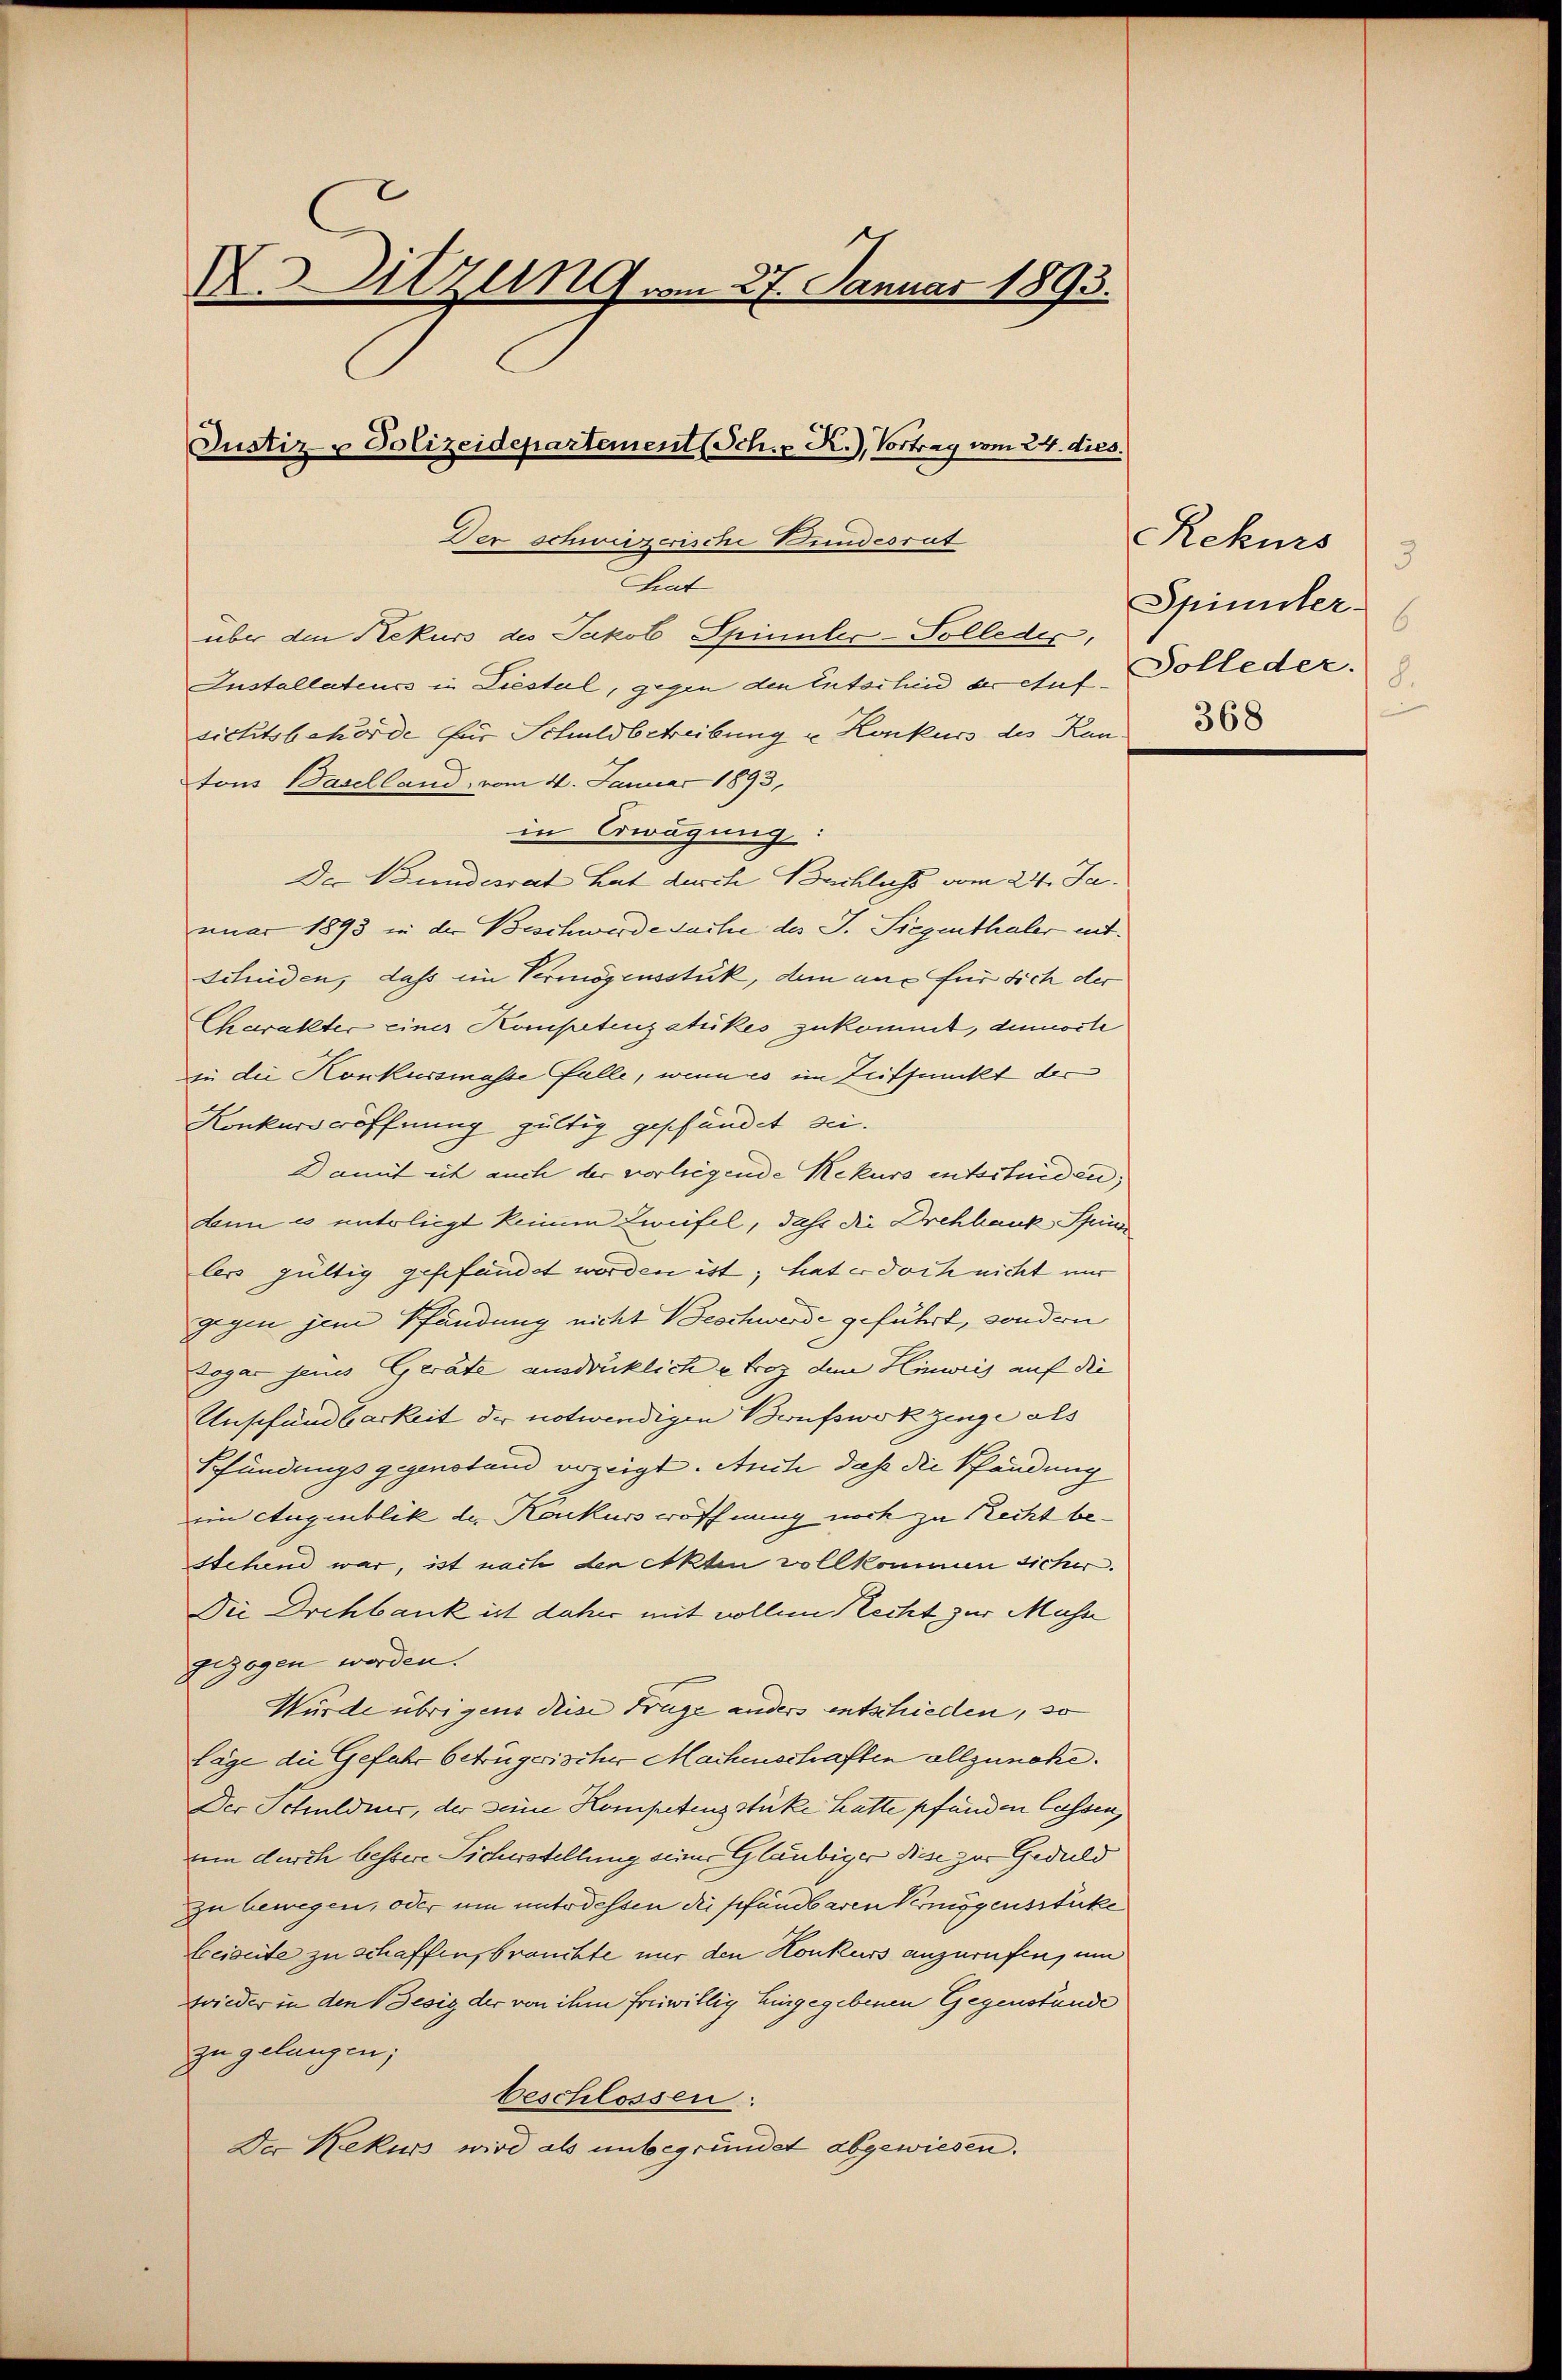
X. Sitzung vom 27. Januar 1893.
Justiz & Polizeidepartement (Sch. R.), Vortrag vom 24. dies.
Der Schweizerische Bundesrat

Stat

über den Rekurs des Jakob Spinnler-Polleder,
Installateurs in Liestal, gegen den Entschend der Aufsichtsbehörde für Schuldbetreibung u Konkurs des Kan
tons Baselland, vom 14. Januar 1893,
in Erwägung:
Der Bundesrat hat durch Buchluss vom 24. Ja.
nuar 1893 in der Beschwerde sache des J. Siegenthaler entschieden, dass im Vermögensstuk, dem aus für sich der
Charakter einer Kompetenzatükes zukommt, demorte
in die Konkursmasse falle, wenn es im Zuffmückt der
Konkurseröffnung gültig geschendet sei.
Damit eit auch der vorliegende Rekurs entscheiden,
dnn es unterliegt keinem Zweifel, daß die Drehbank Spinde
lers gültig gefefundet werden ist, hat er doch nicht nur
gegen jem Pfändung nicht Beschwerde geführt, sondern
Tagar jenes Geräte ausdrücklich u Froz dem Hinweis auf die
Unschändbarkeit der notwendigen Brufswokzenge als
Scfündungs gegenstand vorzeigt. Auch daß die Pfändung
im Augenblik der Konkurs wöffnung noch zu Recht bestehend war, ist nach der Akten vollkommen sicher.
Die Drehbank ist daher mit vollem Recht zur Masse
gezogen werden.
Wurde übrigens diese Frage anders entschieden, so
Lage die Gefahr betrügerischer Machenschaften allzunehe¬
Der Schuldner, der seine Kompetenz Stüke Latte pfanden lassen,
um durch bessere Sicherstellung seiner Gläubiger diese zur Geduld
zu bewegen, oder um unterdessen die schändbaren Vermögensstücke
beiseite zu schaffen, brauchte nur den Konkurs anzurufen, um
wieder in den Besig der von ihm freiwillig Eingegebenen Gegenstände
zu gelangen;
beschlossen:
Der Rekurs wird als unbegründet abgewiesen.

Rekurs
3
Spinner
6
Solleder.
368